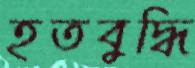
হতবুদ্ধি